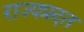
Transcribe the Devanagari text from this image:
राज्यप्रदत